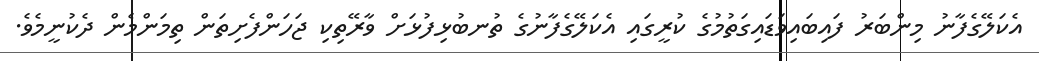
އެކަލޭގެފާނު މިންބަރު ފައިބައިވަޑައިގަތުމުގެ ކުރީގައި އެކަލޭގެފާނުގެ ތުނބުޅިފުޅަށް ވާރޭތިކި ޖަހަންފެށިތަން ތިމަންމެން ދެކުނީމެވެ.